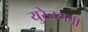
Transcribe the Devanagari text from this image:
युरेनसची